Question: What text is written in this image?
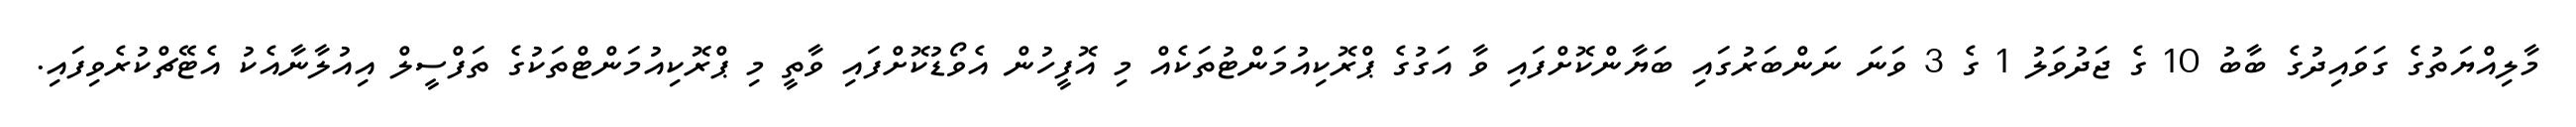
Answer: މާލިއްޔަތުގެ ގަވައިދުގެ ބާބު 10 ގެ ޖަދުވަލު 1 ގެ 3 ވަނަ ނަންބަރުގައި ބަޔާންކޮށްފައި ވާ އަގުގެ ޕްރޮކިއުމަންޓުތަކެއް މި އޮފީހުން އެވޯޑުކޮށްފައި ވާތީ މި ޕްރޮކިއުމަންޓްތަކުގެ ތަފްސީލް އިއުލާނާއެކު އެޓޭޗްކުރެވިފައި.